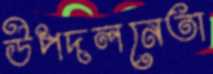
উপদলনেতা